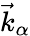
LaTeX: \vec{k}_{\alpha}